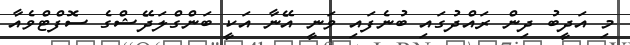
މި އަދީބު ދިން ރައްދުގައި ބުނެފައި ވަނީ އޭނާ އަކީ ބަންގްލަދޭޝްގެ ސޮފްޓްވެއާ